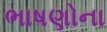
ભાષણોના